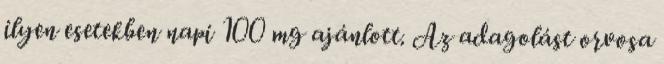
ilyen esetekben napi 100 mg ajánlott. Az adagolást orvosa